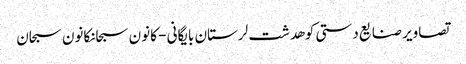
تصاویر صنایع دستی کوهدشت لرستان بایگانی - کانون سبحانکانون سبحان